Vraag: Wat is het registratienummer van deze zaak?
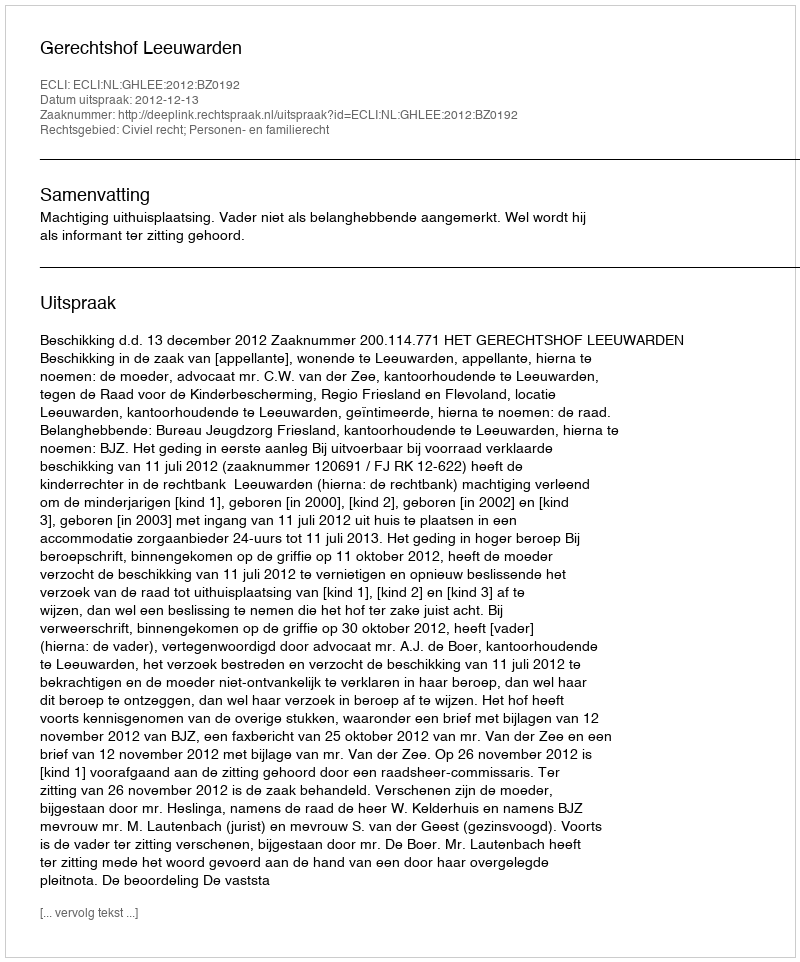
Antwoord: http://deeplink.rechtspraak.nl/uitspraak?id=ECLI:NL:GHLEE:2012:BZ0192